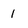
Character: 1